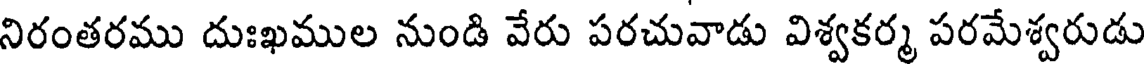
నిరంతరము దుఃఖముల నుండి వేరు పరచువాడు విశ్వకర్మ పరమేశ్వరుడు